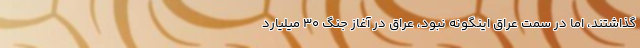
گذاشتند، اما در سمت عراق اینگونه نبود، عراق در آغاز جنگ ۳۰ میلیارد